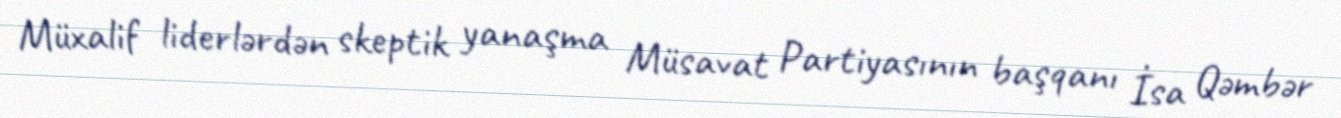
Müxalif liderlərdən skeptik yanaşma Müsavat Partiyasının başqanı İsa Qəmbər